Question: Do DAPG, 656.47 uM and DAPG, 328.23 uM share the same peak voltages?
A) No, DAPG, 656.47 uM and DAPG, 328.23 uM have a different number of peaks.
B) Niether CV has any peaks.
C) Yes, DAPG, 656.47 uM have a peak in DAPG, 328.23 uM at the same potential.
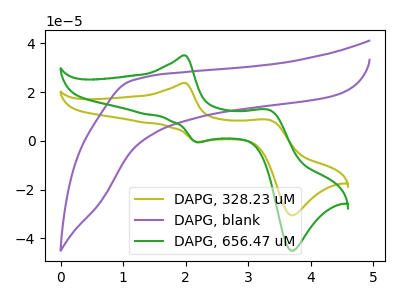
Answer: <think>The olive curve "DAPG, 328.23 uM" has anodic peaks at (2.00V, 23.75uA) (3.35V, 8.60uA) and cathodic peaks at (2.20V, -0.45uA) (3.70V, -30.55uA). The purple curve "DAPG, blank" has no peaks. The green curve "DAPG, 656.47 uM" has anodic peaks at (2.00V, 35.00uA) (3.35V, 12.65uA) and cathodic peaks at (2.20V, -0.65uA) (3.70V, -45.05uA).</think>
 <answer>C) Yes, "DAPG, 656.47 uM" have a peak in "DAPG, 328.23 uM" at the same potential.</answer>
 <eval>C</eval>